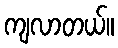
ကျလာတယ်။